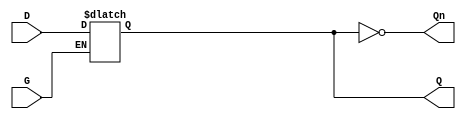
module level_sensitive_gated_latch (
    input wire D,     // Data Input
    input wire G,     // Gate / Enable Signal
    output reg Q,     // Output
    output wire Qn    // Complement of Output
);

    // Assign Qn as the complement of Q
    assign Qn = ~Q;

    always @(*) begin
        if (G) begin
            // When G is high, Q follows D
            Q = D;
        end
        // When G is low, Q retains its last value
        // This behavior is naturally handled by the reg type
    end

endmodule